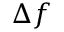
\Delta f